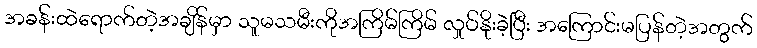
အခန်းထဲရောက်တဲ့အချိန်မှာ သူမသမီးကိုအကြိမ်ကြိမ် လှုပ်နိုးခဲ့ပြီး အကြောင်းမပြန်တဲ့အတွက်